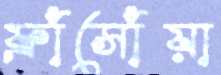
ফ্রাঁসোঁয়া